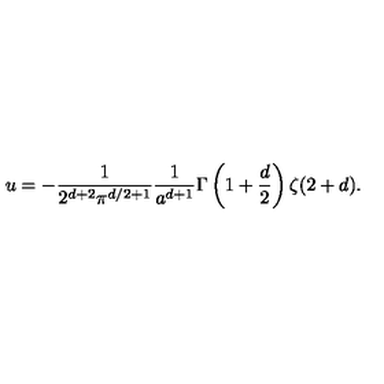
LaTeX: u = - { \frac { 1 } { 2 ^ { d + 2 } \pi ^ { d / 2 + 1 } } } { \frac { 1 } { a ^ { d + 1 } } } \Gamma \left( 1 + { \frac { d } { 2 } } \right) \zeta ( 2 + d ) .